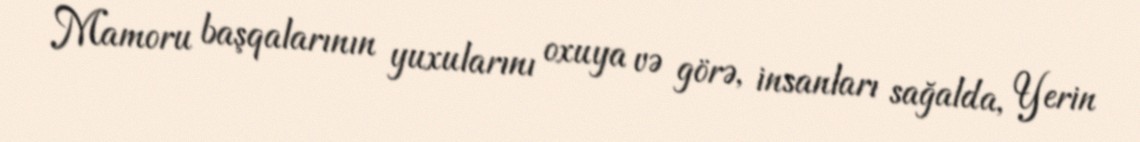
Mamoru başqalarının yuxularını oxuya və görə, insanları sağalda, Yerin